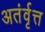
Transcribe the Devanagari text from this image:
अतंर्वृत्त